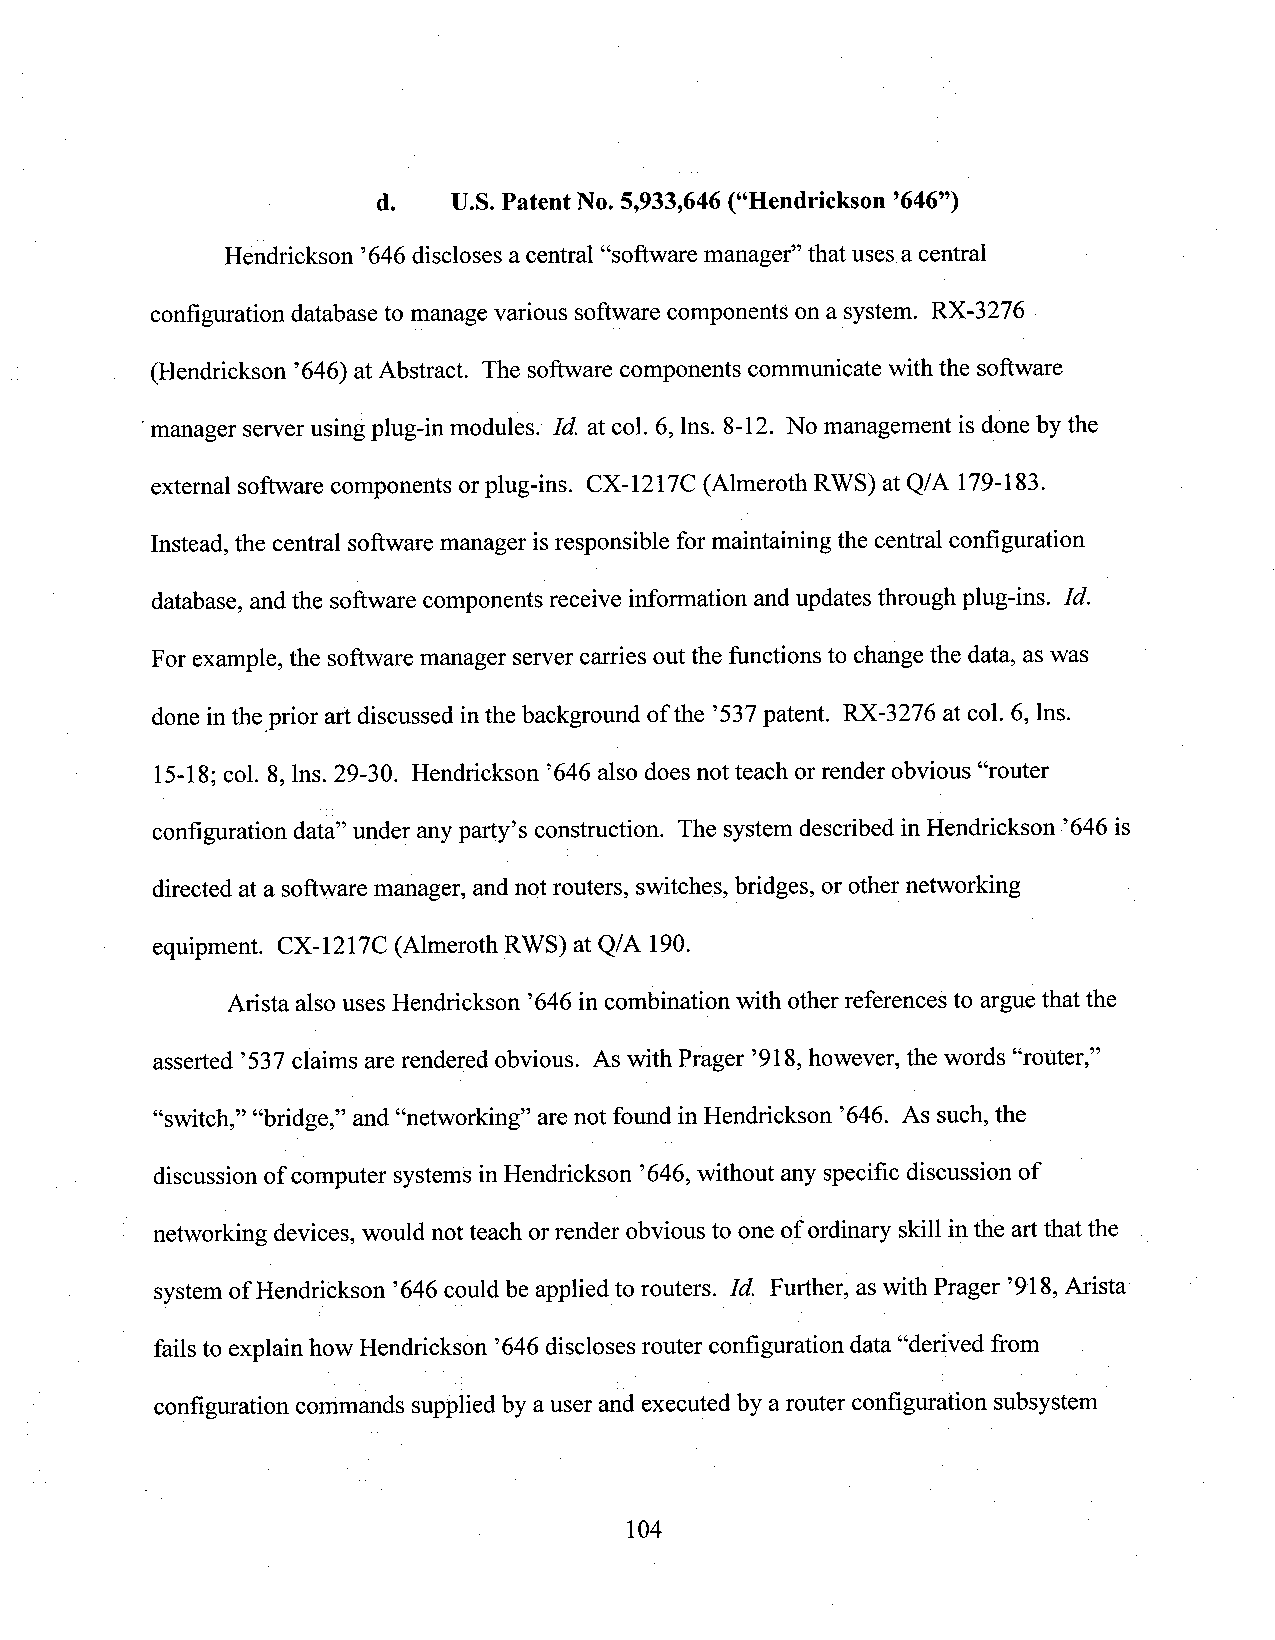
d.   U.S.Patent N0.5,933,646(“Hendrickson ’646”)
 Hendrickson ’646discloses acentral “software manager” that usesa central
 configuration database to managevarious software components ona system. RX-3276
 (Hendrickson ’646) at Abstract. The software components connnunicate with the software
 manager server using plug-in modules. Id. atcol. 6, lns. 8-12. No management is done by the
 extemal software components or plug-ins. CX-1217C (Almeroth RWS) atQ/A 179-183.
 Instead, the central software manager isresponsible for maintaining the central configuration
 database, andthe software componentsreceive information andupdates through plug-ins. Id.
 For example, the software manager server carries out the functions to change the data, aswas
 done intheiprior art discussed inthe backgrotmd of the ’537patent. RX-3276 at col. 6, lns.
 15-18;col. 8,lns. 29-30. Hendrickson ’646 also does not teach or render obvious “router
 configuration data” under anypart_y’sconstruction. The system described in Hendrickson ’646 is
 directed at a software manager, andnot routers, switches, bridges, or other networking
 equipment. CX-1217C (Almeroth RWS) at Q/A 190.
 Arista also uses Hendrickson ’646in combination with otherreferences to arguethat the
 asserted ’537claims arerendered obvious. As with Prager ’918,however, the words “router,”
 “switch,” “bridge,” and “networking” arenot found in Hendrickson ’646. As such, the
 discussion ofcomputer systemsinHendrickson ’646,without any specific discussion of
 networking devices, would notteach orrender obvious to one of ordinaryskill inthe artthat the
 system of Hendrickson ’646could be applied to routers. Id. Further, as with Prager ’918,Arista
 failsto explain how Hendrickson ’646discloses router configuration data“derived from
 configuration commands suppliedby auser and executed by a router configuration subsystem
 104